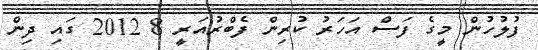
ފުލުހުން މީގެ ފަސް އަހަރު ކުރިން ފެބްރުއަރީ 8 2012 ގައި ދިން